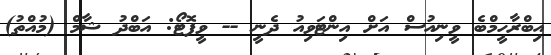
އިބްރާހީމްބެ ވީނިއުސް އަށް އިންޓަވިއު ދެނީ -- ވީފޮޓޯ: އަބްދު ޝާމް (މުއްތު)